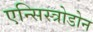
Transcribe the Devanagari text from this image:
एन्सिस्त्रोडोन